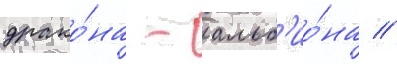
драко́на - альб'ио́на //